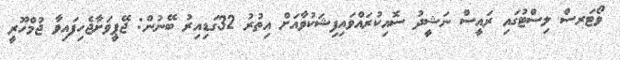
ވޯޓަރސް ލިސްޓުގައި ރައީސް ނަޝީދު ސޮއިކުރައްވައިފިޝަކުވާއަށް އިތުރު 32ގަޑިއިރު ބޭނުން: ޖޭޕީވަށާޖެހިފައިވާ ޖުމްހޫރީ